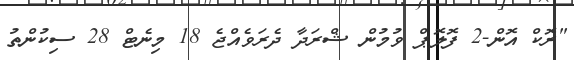
"ރޮކް އޮން-2 ފޮލޮޕް ވުމުން ޝްރަދާ ދެރަވެއްޖެ 18 މިނެޓް 28 ސިކުންތު